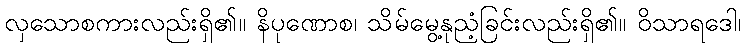
လှသောစကားလည်းရှိ၏။ နိပုဏောစ၊ သိမ်မွေ့နုညံ့ခြင်းလည်းရှိ၏။ ဝိသာရဒေါ၊